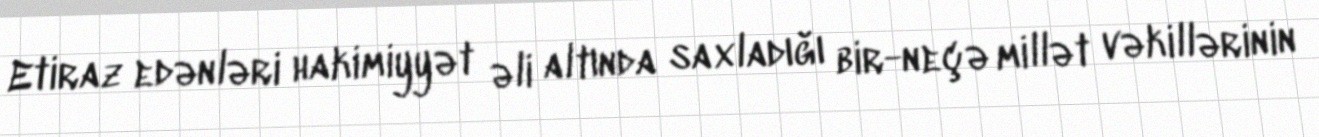
Etiraz edənləri hakimiyyət əli altında saxladığı bir-neçə millət vəkillərinin